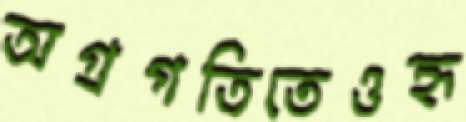
অগ্রগতিতেওহৃ